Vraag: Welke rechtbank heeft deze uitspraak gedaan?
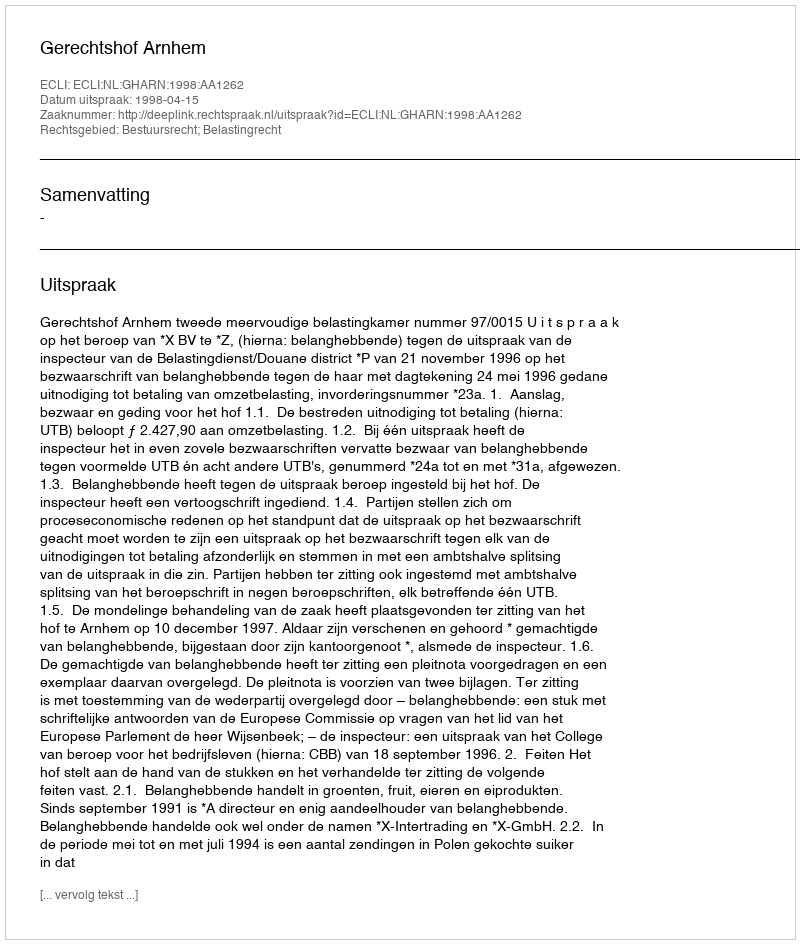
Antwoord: Gerechtshof Arnhem